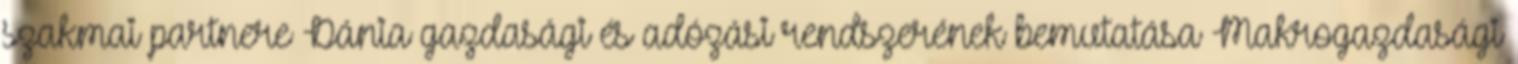
szakmai partnere Dánia gazdasági és adózási rendszerének bemutatása Makrogazdasági